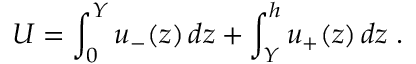
U = \int _ { 0 } ^ { Y } u _ { - } ( z ) \, d z + \int _ { Y } ^ { h } u _ { + } ( z ) \, d z \; .